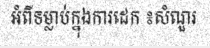
អំពីទម្លាប់ក្នុងការដេក ៖សំណួរ